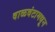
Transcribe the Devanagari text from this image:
वाळवंटामधून